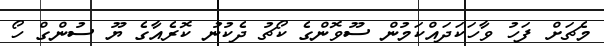
މެޗަށް ފަހު ވާހަކަދައްކަމުން ސޫވޮންގެ ކޯޗު ދެކުނު ކޮރެއާގެ ޔޫ ސުންގް ހޯ